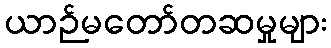
ယာဉ်မတော်တဆမှုများ